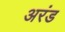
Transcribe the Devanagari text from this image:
अरंड